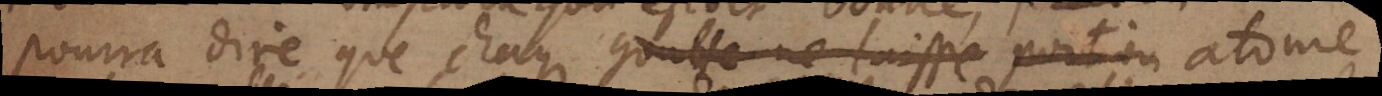
pourra dire que chaque goutte ne laisse atome